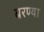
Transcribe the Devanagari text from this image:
बरण्या